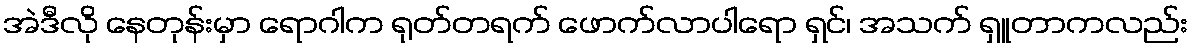
အဲဒီလို နေတုန်းမှာ ရောဂါက ရုတ်တရက် ဖောက်လာပါရော ရှင်၊ အသက် ရှူတာကလည်း